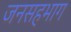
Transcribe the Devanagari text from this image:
जनसहभाग